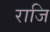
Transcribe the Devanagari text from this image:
राजि